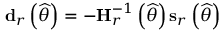
\mathbf { d } _ { r } \left( { \widehat { \theta } } \right) = - \mathbf { H } _ { r } ^ { - 1 } \left( { \widehat { \theta } } \right) \mathbf { s } _ { r } \left( { \widehat { \theta } } \right)